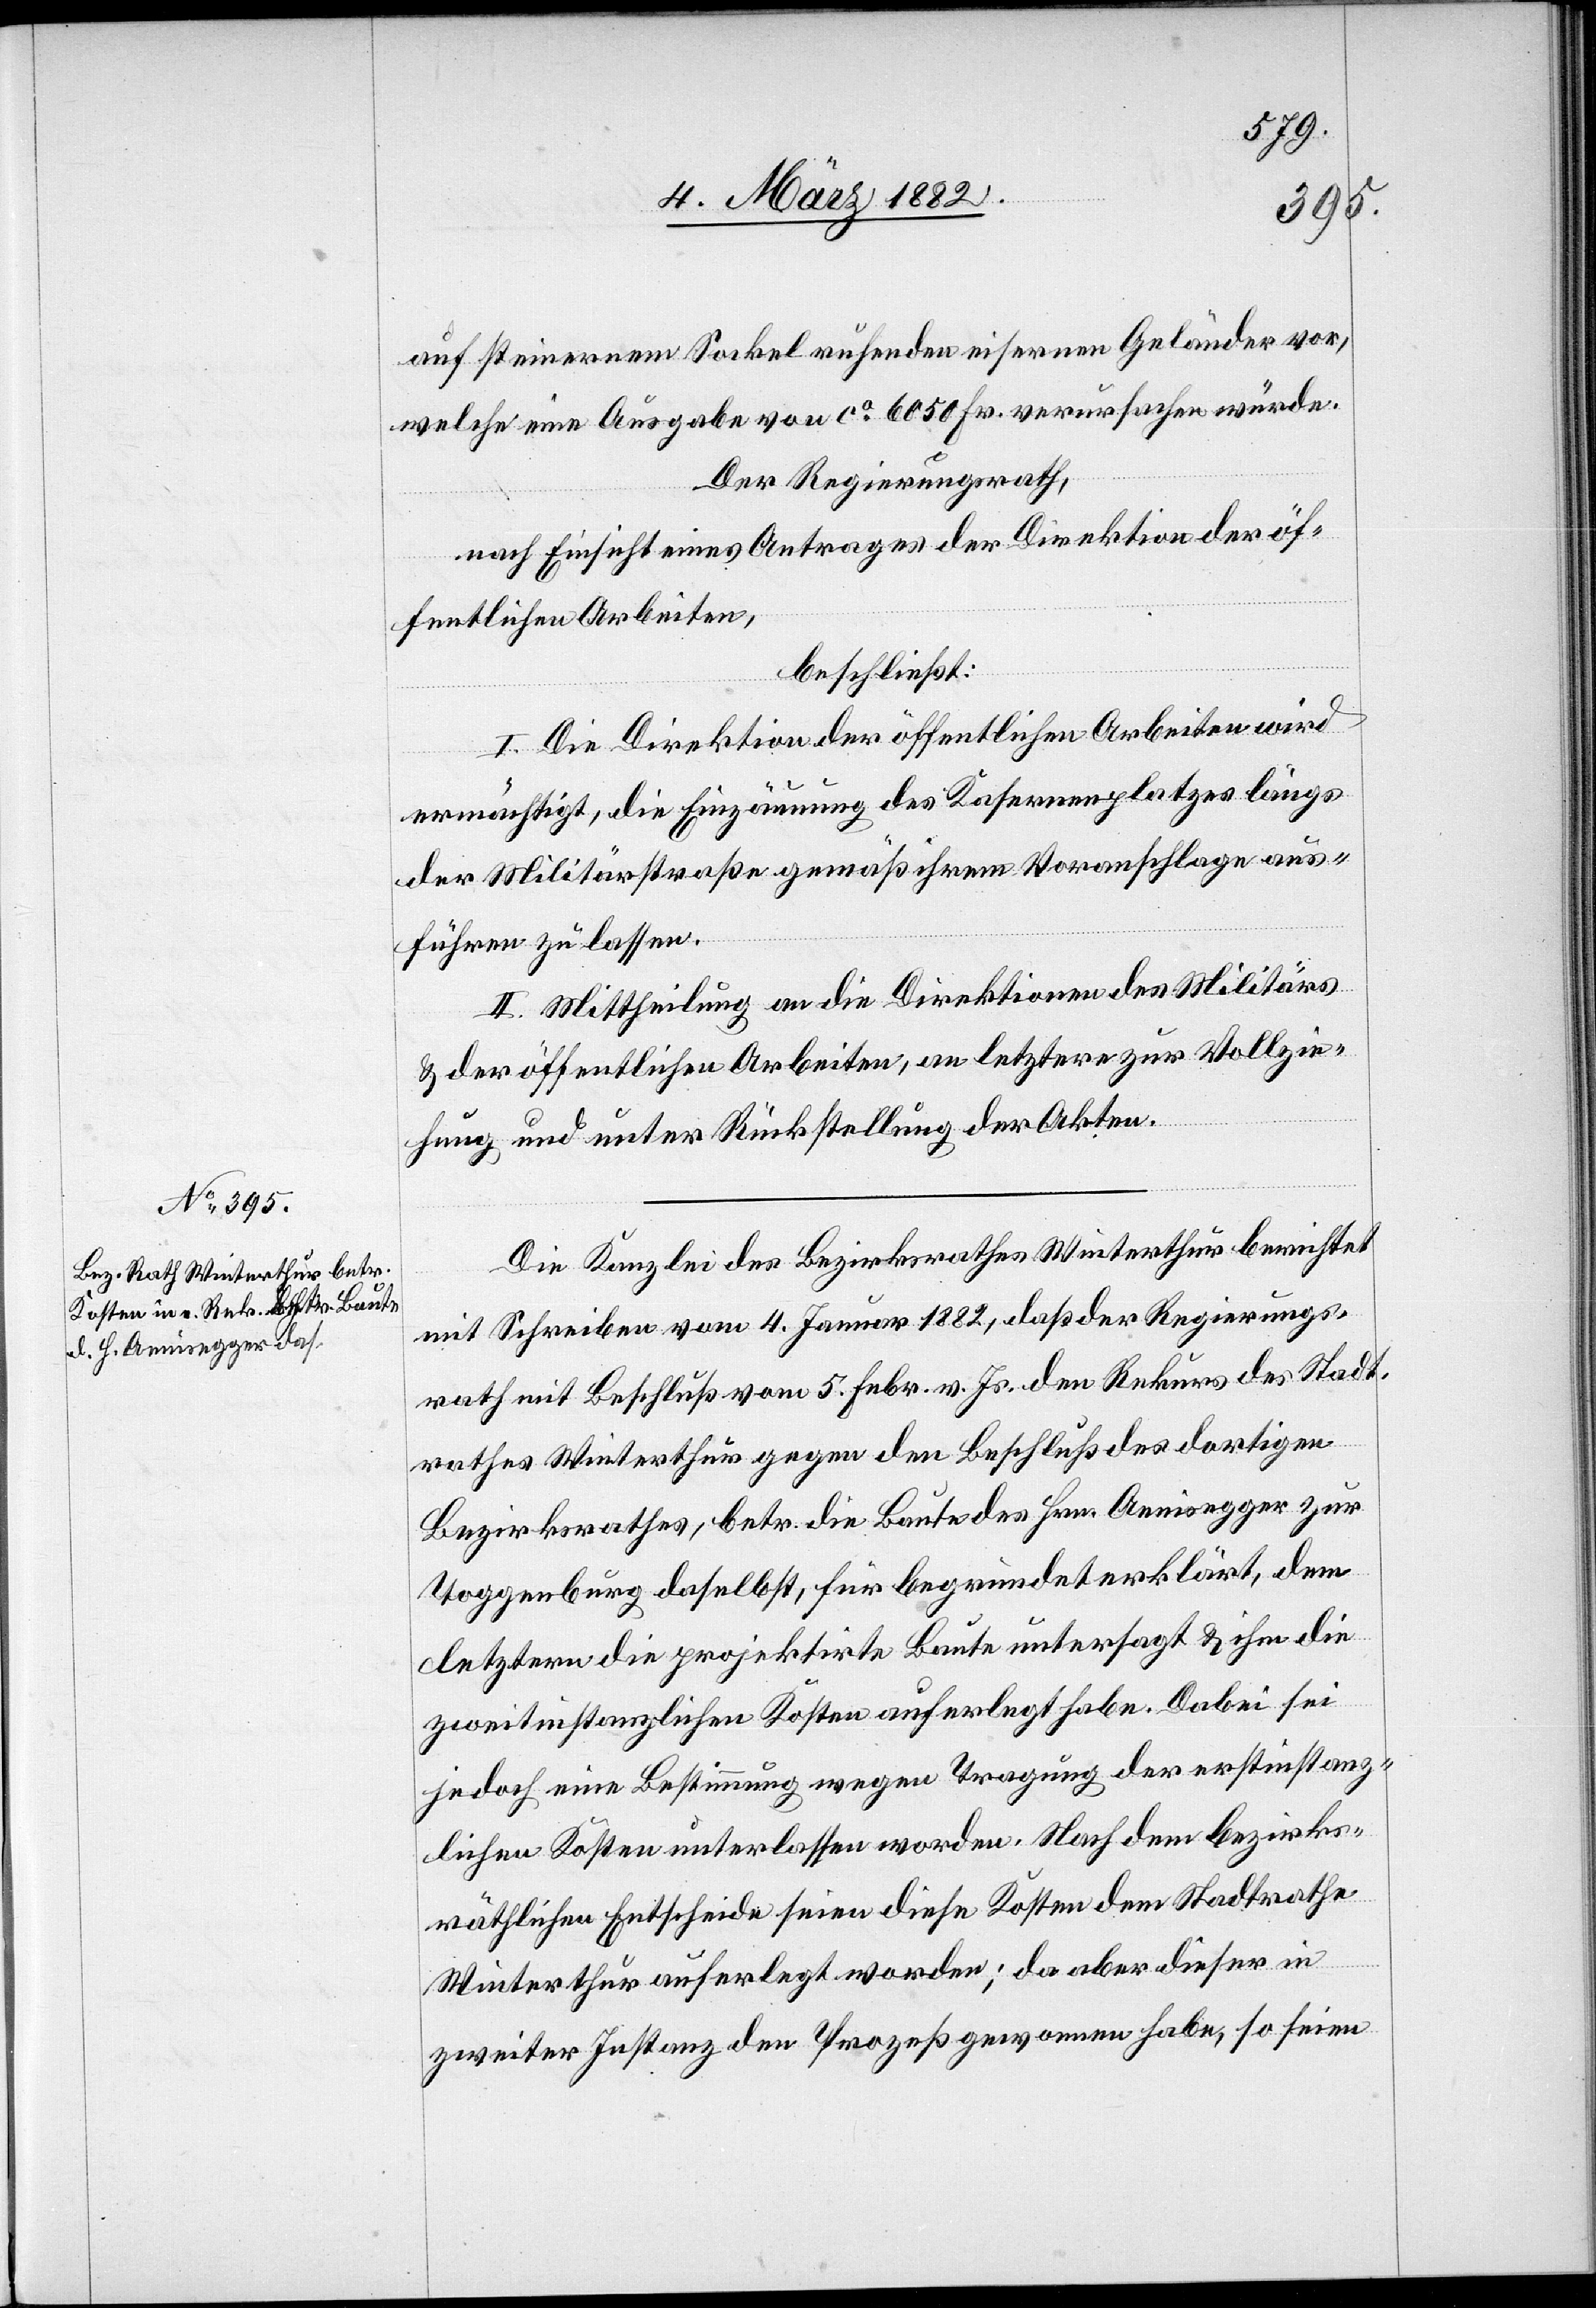
auf steinernem Sockel ruhenden eisernen Geländer vor,
welche eine Ausgabe von ca 6050 Fr. verursachen würde.
Der Regierungsrath,
nach Einsicht eines Antrages der Direktion der öf¬
fentlichen Arbeiten,
beschließt:
I. Die Direktion der öffentlichen Arbeiten wird
ermächtigt, die Einzäunung des Kasernenplatzes längs
der Militärstraße gemäß ihrem Voranschlage aus¬
führen zu lassen.
II. Mittheilung an die Direktion des Militärs
& der öffentlichen Arbeiten, an letztere zur Vollzie¬
hung und unter Rückstellung der Akten.
Die Kanzlei des Bezirksrathes Winterthur berichtet
mit Schreiben vom 4. Januar 1882, daß der Regierungs¬
rath mit Beschluß vom 5. Febr. v. Js. den Rekurs des Stadt¬
rathes Winterthur gegen den Beschluß des dortigen
Bezirksrathes, betr. die Baute des Hrn. Aenisegger zur
Toggenburg daselbst, für begründet erklärt, dem
letztern die projektirte Baute untersagt & ihm die
zweitinstanzliche Kosten auferlegt habe. Dabei sei
jedoch eine Bestimmung wegen Tragung der erstinstanz¬
lichen Kosten unterlassen worden. Nach dem bezirks¬
räthlichen Entscheide seien diese Kosten dem Stadtrathe
Winterthur auferlegt worden; da aber dieser in
zweiter Instanz den Prozeß gewonnen habe, so seien